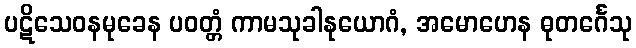
ပဋိသေဝနမုခေန ပဝတ္တံ ကာမသုခါနုယောဂံ, အမောဟေန ဓုတင်္ဂေသု